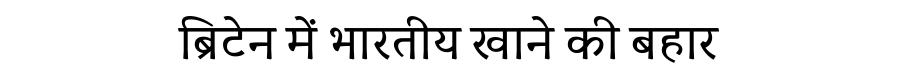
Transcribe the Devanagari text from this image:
ब्रिटेन में भारतीय खाने की बहार